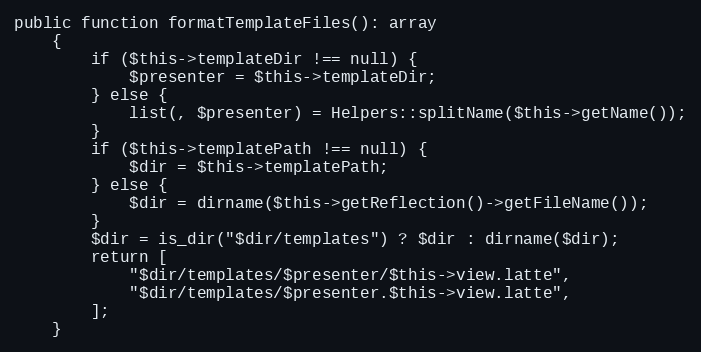
Language: PHP
public function formatTemplateFiles(): array
	{
		if ($this->templateDir !== null) {
			$presenter = $this->templateDir;
		} else {
			list(, $presenter) = Helpers::splitName($this->getName());
		}
		if ($this->templatePath !== null) {
			$dir = $this->templatePath;
		} else {
			$dir = dirname($this->getReflection()->getFileName());
		}
		$dir = is_dir("$dir/templates") ? $dir : dirname($dir);
		return [
			"$dir/templates/$presenter/$this->view.latte",
			"$dir/templates/$presenter.$this->view.latte",
		];
	}